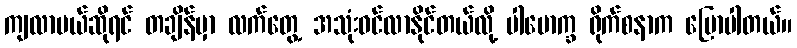
ကျလာမယ်ဆိုရင် တချိန်မှာ လက်တွေ့ အသုံးဝင်လာနိုင်တယ်လို့ ပါမောက္ခ ရိုက်စနာက ပြောပါတယ်။